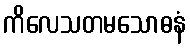
ကိလေသတမသောဓနံ